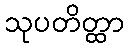
သုပတိတ္ထာ